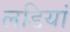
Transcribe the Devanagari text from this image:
लडियां